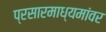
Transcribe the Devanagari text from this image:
प्रसारमाध्यमांवर